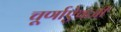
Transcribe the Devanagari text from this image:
चूर्णाऐवजी